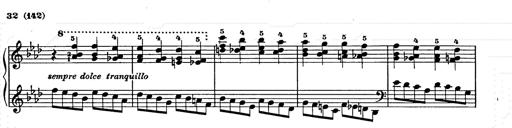
Title: Weihnachtsbaum
Composer: Franz Liszt